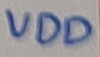
Text: VDD